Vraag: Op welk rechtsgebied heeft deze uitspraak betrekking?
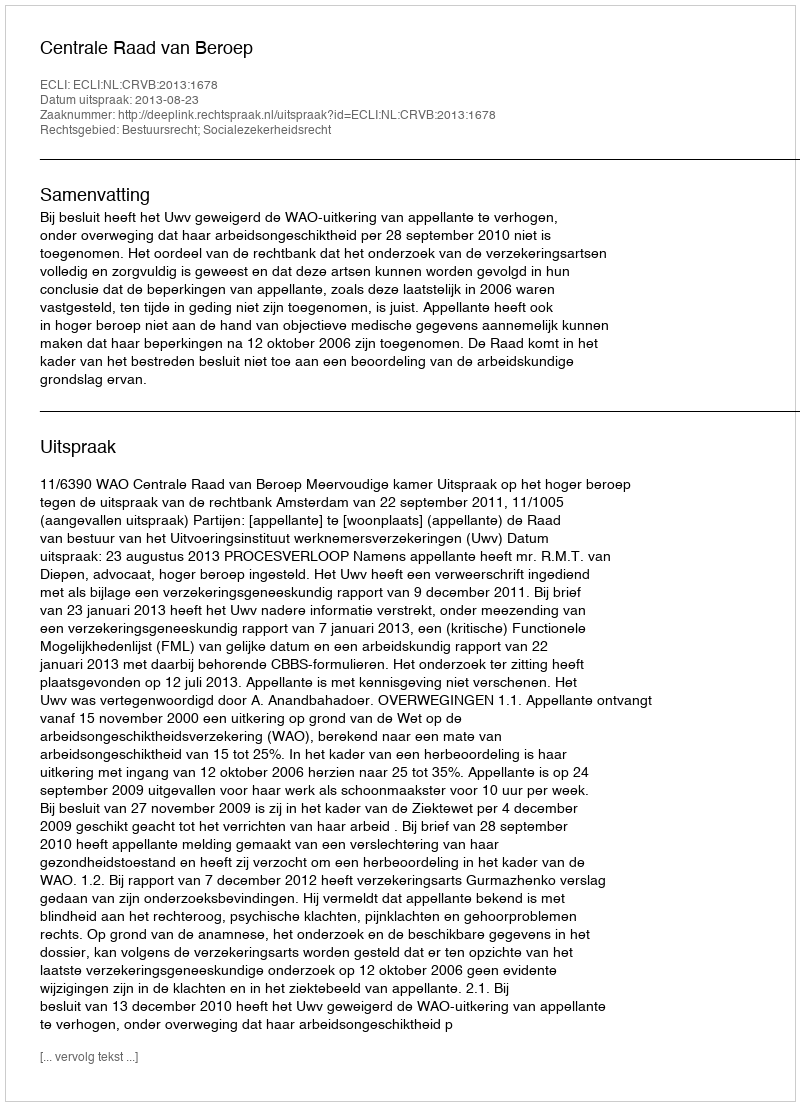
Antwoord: Bestuursrecht; Socialezekerheidsrecht